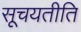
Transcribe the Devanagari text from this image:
सूचयतीति